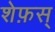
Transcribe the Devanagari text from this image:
शेफ़स्